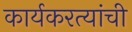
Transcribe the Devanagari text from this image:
कार्यकरत्यांची